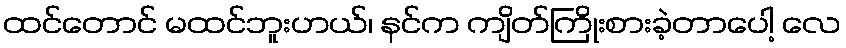
ထင်တောင် မထင်ဘူးဟယ်၊ နင်က ကျိတ်ကြိုးစားခဲ့တာပေါ့ လေ